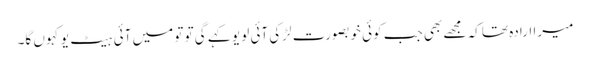
میرا ارادہ تھا کہ مجھے بھی جب کوئی خوبصورت لڑکی آئی لو یو کہے گی تو تو میں آئی ہیٹ یو کہوں گا۔